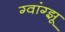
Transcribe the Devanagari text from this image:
ग्वांग्झू